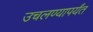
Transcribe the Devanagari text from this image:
उचलण्यापर्यंत